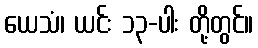
ယေသံ၊ ယင်း ၁၃-ပါး တို့တွင်။